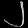
Digit: ၂